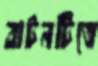
বাটনটিতে